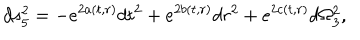
LaTeX: d s _ { 5 } ^ { 2 } = - e ^ { 2 a ( t , r ) } d t ^ { 2 } + e ^ { 2 b ( t , r ) } d r ^ { 2 } + e ^ { 2 c ( t , r ) } d \Omega _ { 3 } ^ { 2 } ,